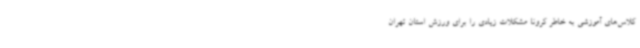
کلاس‌های آموزشی به خاطر کرونا مشکلات زیادی را برای ورزش استان تهران